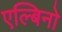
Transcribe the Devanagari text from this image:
एल्बिनो